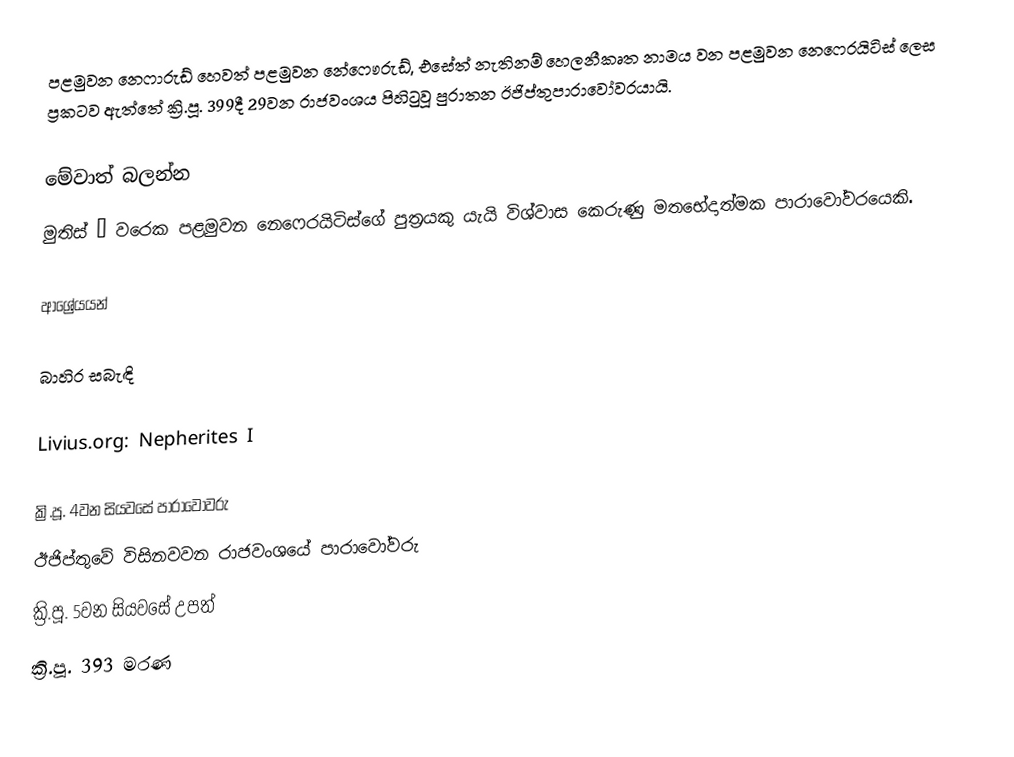
පළමුවන නෙෆාරුඩ් හෙවත් පළමුවන නේෆෞරුඩ්, එසේත් නැතිනම් හෙලනීකෘත නාමය වන පළමුවන නෙෆෙරයිටිස් ලෙස ප්‍රකටව ඇත්තේ ක්‍රි.පූ. 399දී 29වන රාජවංශය පිහිටුවූ පුරාතන ඊජිප්තුපාරාවෝවරයායි.

මේවාත් බලන්න
මුතිස් – වරෙක පළමුවන නෙෆෙරයිටිස්ගේ පුත්‍රයකු යැයි විශ්වාස කෙරුණු මතභේදාත්මක පාරාවෝවරයෙකි.

ආශ්‍රේයයන්

බාහිර සබැඳි

Livius.org: Nepherites I

ක්‍රි.පූ. 4වන සියවසේ පාරාවෝවරු
ඊජිප්තුවේ විසිනවවන රාජවංශයේ පාරාවෝවරු
ක්‍රි.පූ. 5වන සියවසේ උපත්
ක්‍රි.පූ. 393 මරණ